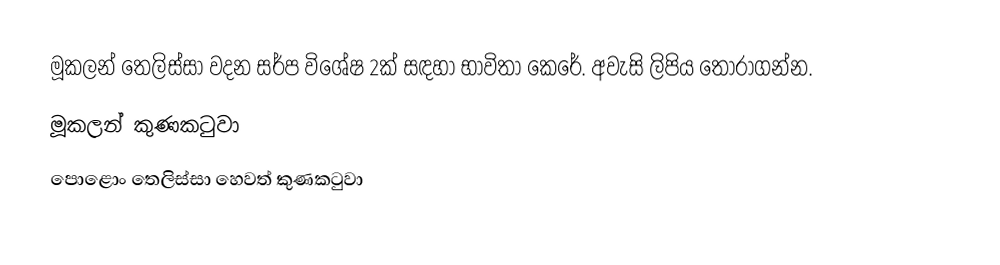
මූකලන් තෙලිස්සා වදන සර්ප විශේෂ 2ක් සඳහා භාවිතා කෙරේ. අවැසි ලිපිය තෝරාගන්න.
  මූකලන් කුණකටුවා
  පොළොං තෙලිස්සා හෙවත් කුණකටුවා